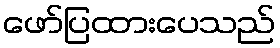
ဖော်ပြထားပေသည်